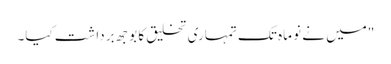
"میں نے نو ماہ تک تمہاری تخلیق کا بوجھ برداشت کیا۔